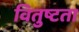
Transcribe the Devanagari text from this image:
वितुष्टता